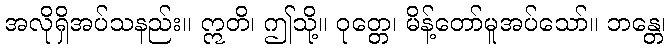
အလိုရှိအပ်သနည်း။ ဣတိ၊ ဤသို့။ ဝုတ္တေ၊ မိန့်တော်မူအပ်သော်။ ဘန္တေ၊